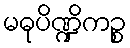
မဓုပိဏ္ဍိကဉ္စ